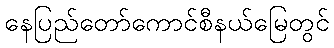
နေပြည်တော်ကောင်စီနယ်မြေတွင်